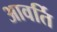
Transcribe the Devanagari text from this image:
आवर्ति